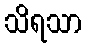
သိရသာ